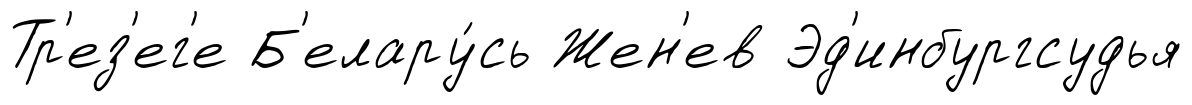
Тр'ез'ег'е Б'елару́сь Жен'ев Эд'инбургсудья